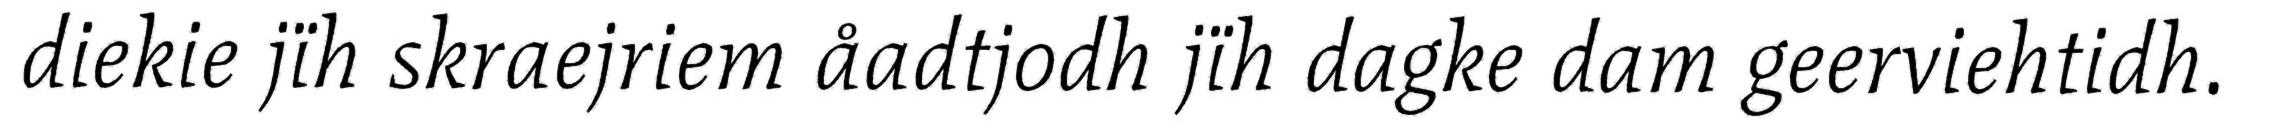
diekie jïh skraejriem åadtjodh jïh dagke dam geerviehtidh.